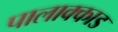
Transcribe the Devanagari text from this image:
पालाक्काड